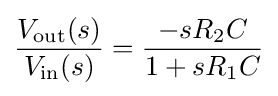
{\frac {V_{\rm {out}}(s)}{V_{\rm {in}}(s)}}={\frac {-sR_{2}C}{1+sR_{1}C}}